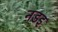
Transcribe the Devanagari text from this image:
नडइ